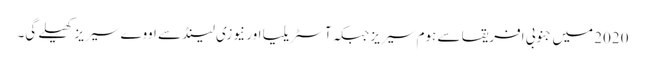
2020 میں جنوبی افریقا سے ہوم سیریز جبکہ آسٹریلیا اور نیوزی لینڈ سے اووے سیریز کھیلے گی۔